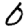
Digit: 0